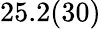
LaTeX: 25.2(30)